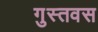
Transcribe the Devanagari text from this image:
गुस्तवस